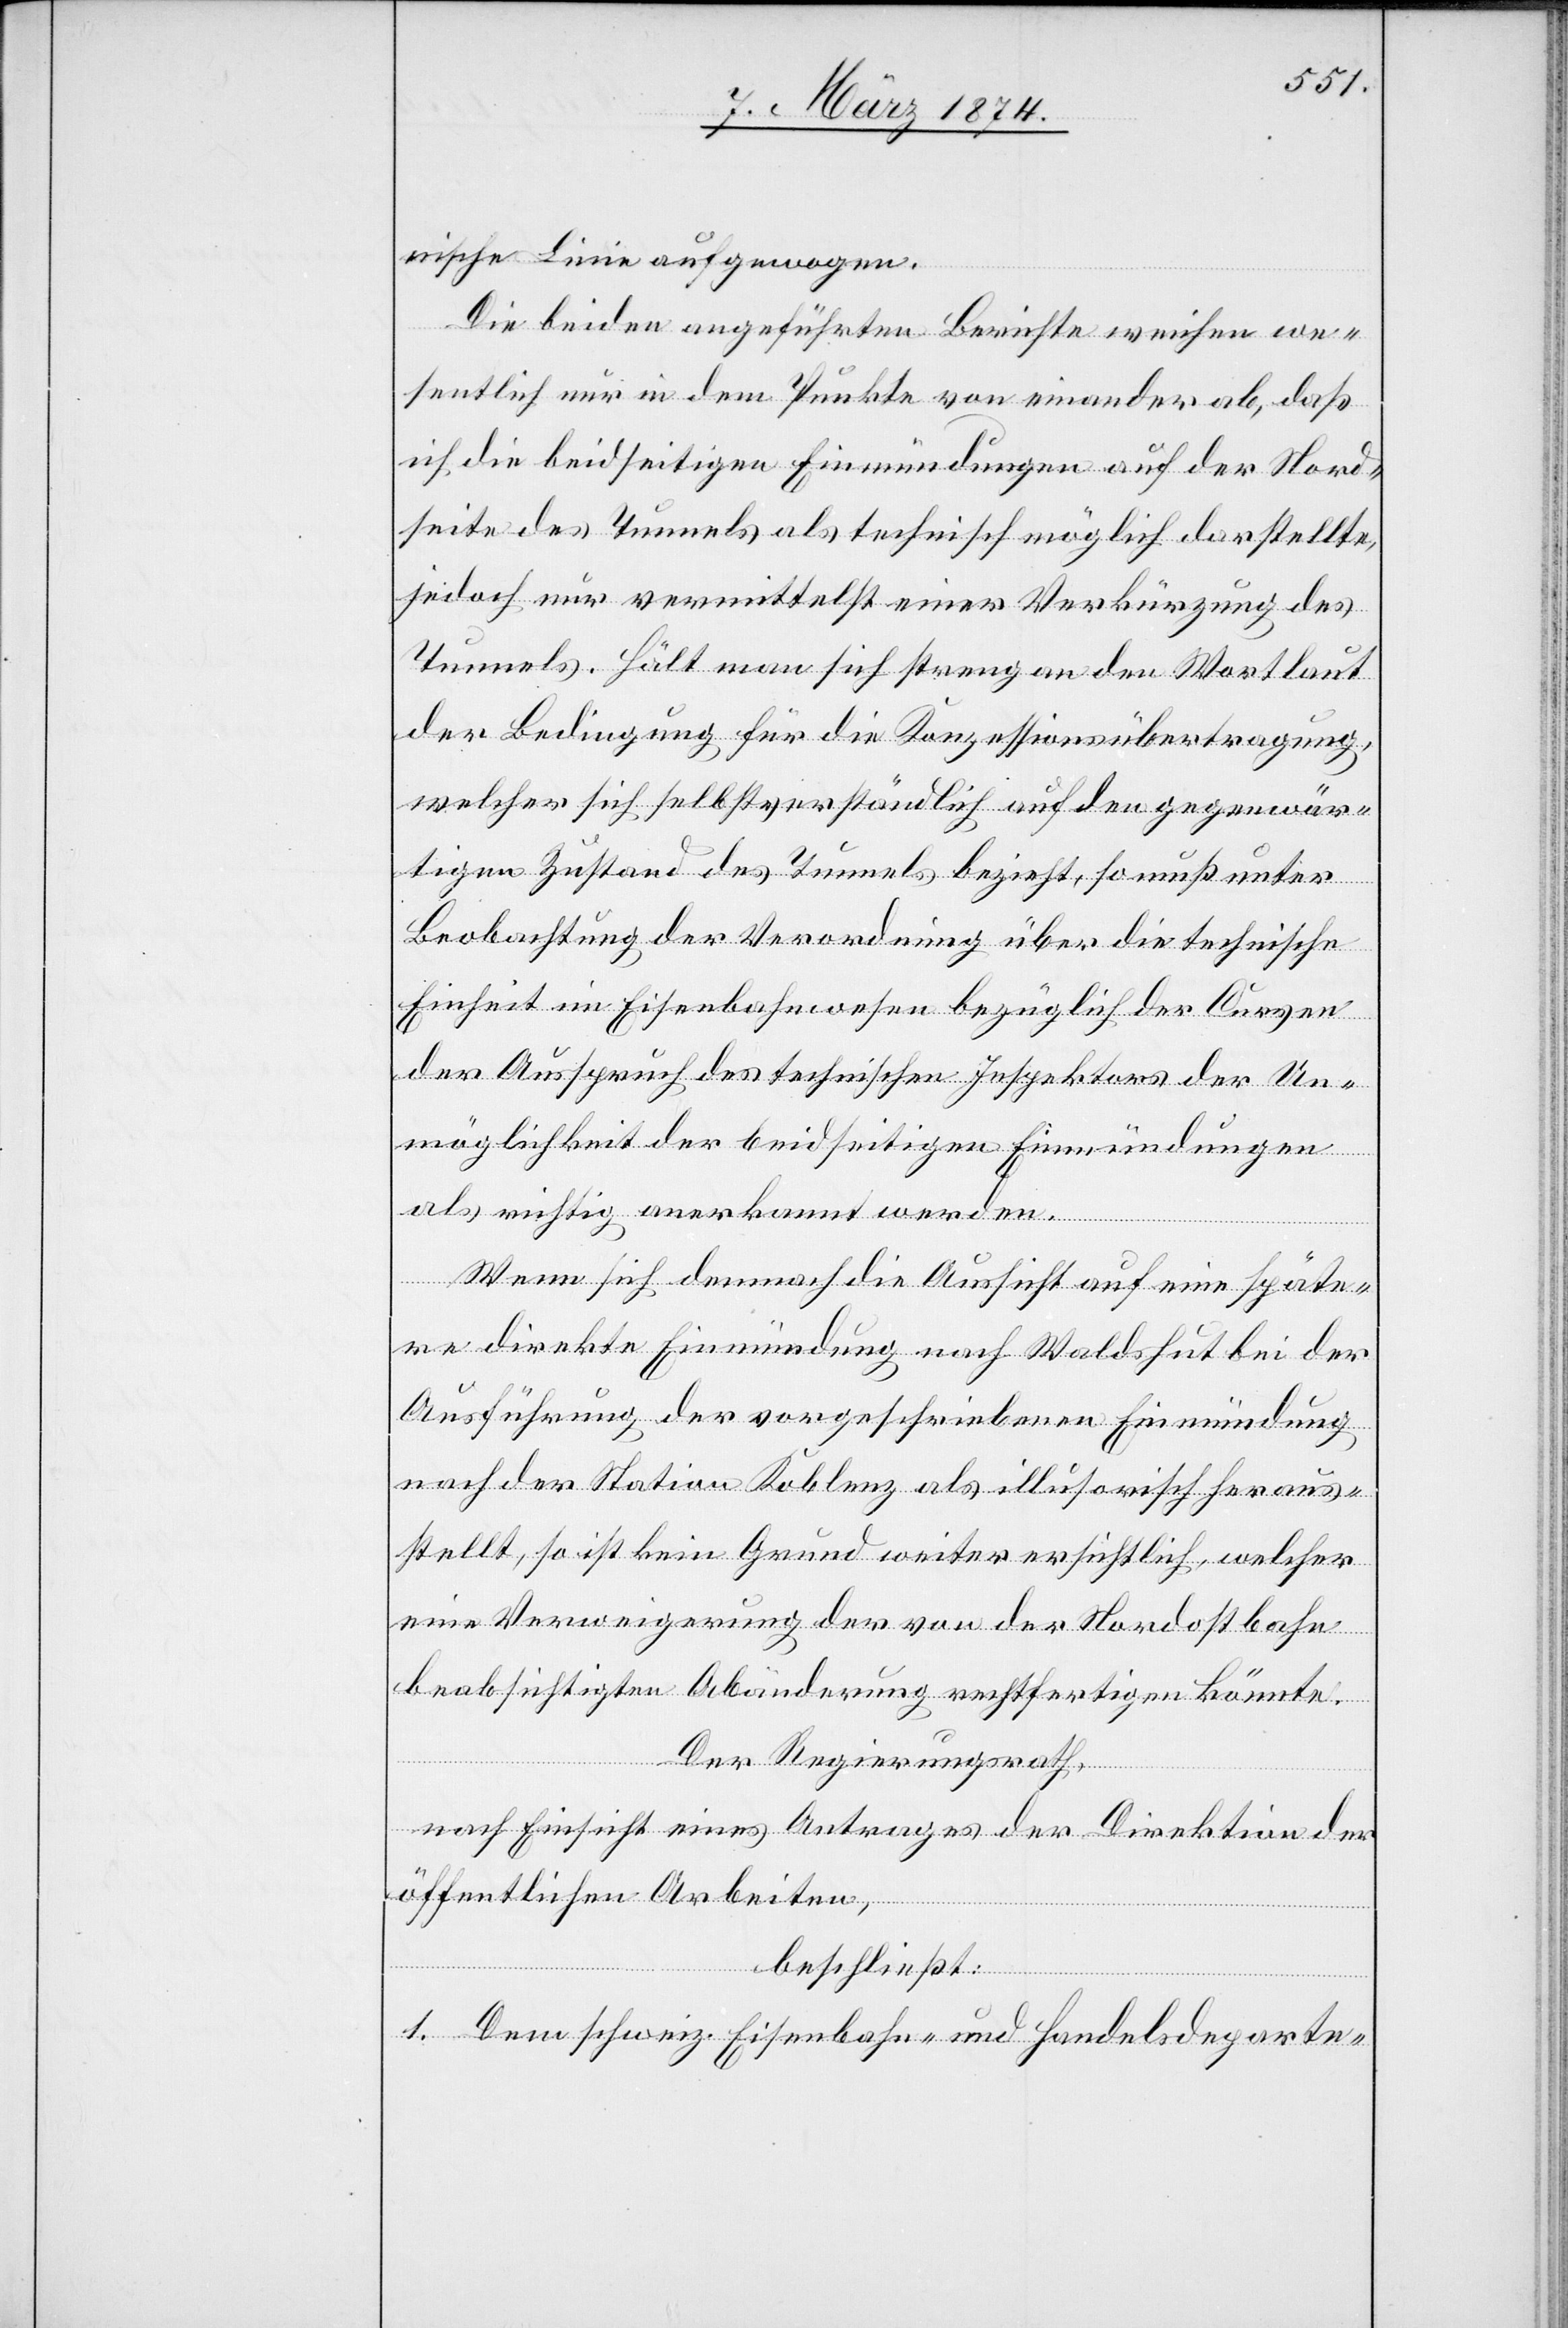
nische Linie aufgewogen.
Die beiden angeführten Berichte weichen we¬
sentlich nur in dem Punkte von einander ab, daß
ich die beidseitigen Einmündungen auf der Nord¬
seite des Tunnels als technisch möglich darstellte,
jedoch nur vermittelst einer Verkürzung des
Tunnels. Hält man sich streng an den Wortlaut
der Bedingung für die Konzessionsübertragung,
welcher sich selbstverständlich auf den gegenwär¬
tigen Zustand des Tunnels bezieht, so muß unter
Beobachtung der Verordnung über die technische
Einheit im Eisenbahnwesen bezüglich der Curven
der Ausspruch des technischen Inspektors der Un¬
möglichkeit der beidseitigen Einmündungen
als richtig anerkannt werden.
Wenn sich dennoch die Aussicht auf eine späte¬
re direkte Einmündung nach Waldshut bei der
Ausführung der vorgeschriebenen Einmündung
nach der Station Koblenz als illusorisch heraus¬
stellt, so ist kein Grund weiter ersichtlich, welcher
eine Verweigerung der von der Nordostbahn
beabsichtigten Abänderung rechtfertigen könnte.
Der Regierungsrath,
nach Einsicht eines Antrages der Direktion der
öffentlichen Arbeiten,
beschließt:
1. Dem schweiz. Eisenbahn- und Handelsdeparte-